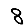
Digit: 8